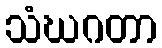
သံဃဂတာ